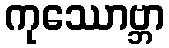
ကုဿောဗ္ဘာ